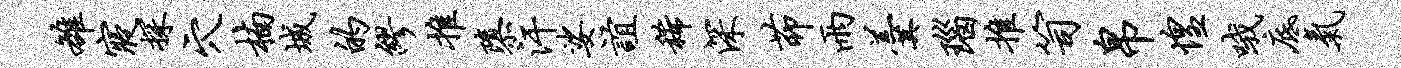
雒寝探穴楠城的缪推隳汗娑谊稀深茆雨羹瑙推笥帛惶哦底气